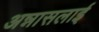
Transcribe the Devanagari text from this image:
अन्नासलाई